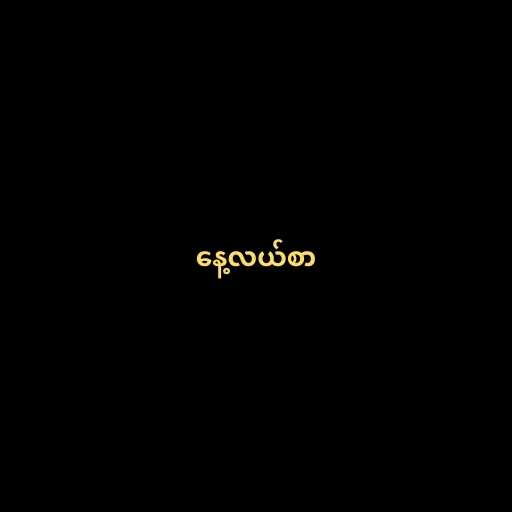
နေ့လယ်စာ